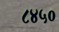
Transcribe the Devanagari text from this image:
८४५०